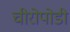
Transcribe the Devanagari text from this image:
चीरोपोडी